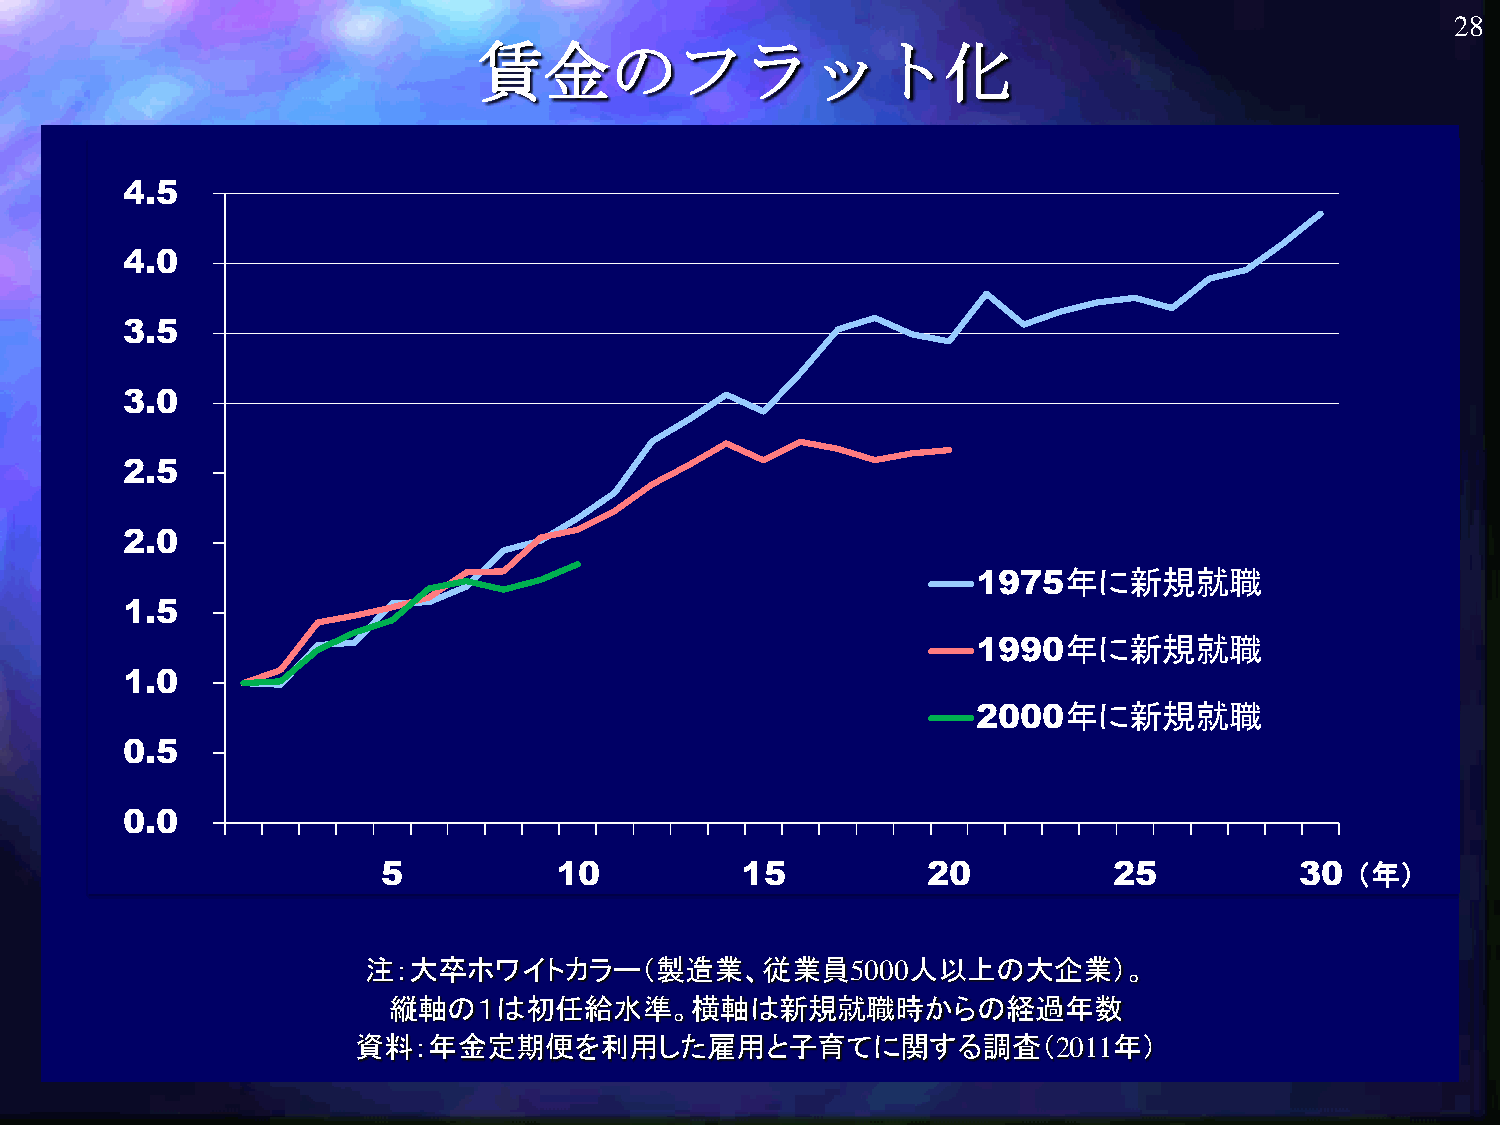
28
 賃金のフラット化
 4.5
 4.0
 3.5
 3.0
 2.5
 2.0
 1975年に新規就職
 1.5
 1990年に新規就職
 1.0
 2000年に新規就職
 0.5
 0.0
 5           10          15          20           25          30  （年）
 注：大卒ホワイトカラー（製造業、従業員5000人以上の大企業）。
 縦軸の１は初任給水準。横軸は新規就職時からの経過年数
 資料：年金定期便を利用した雇用と子育てに関する調査（2011年）